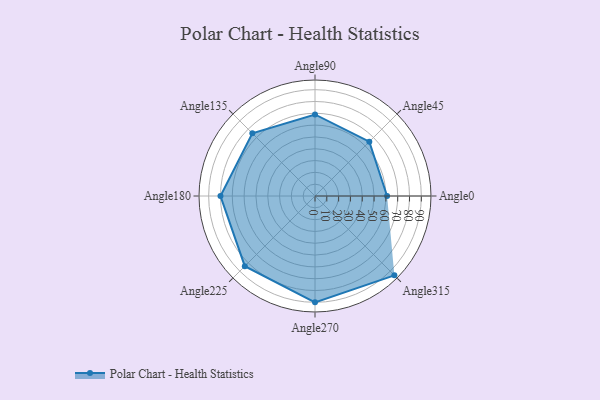
{"axis": {"x": "Angle", "y": "Radius"}, "legend": [""], "data": [{"x": "Angle0", "y": 61.0, "type": ""}, {"x": "Angle45", "y": 65.0, "type": ""}, {"x": "Angle90", "y": 69.0, "type": ""}, {"x": "Angle135", "y": 75.0, "type": ""}, {"x": "Angle180", "y": 80.0, "type": ""}, {"x": "Angle225", "y": 84.0, "type": ""}, {"x": "Angle270", "y": 90.0, "type": ""}, {"x": "Angle315", "y": 95.0, "type": ""}]}